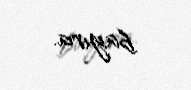
bayıra.